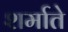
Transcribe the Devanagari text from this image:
शर्माते